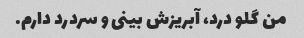
من گلو درد، آبریزش بینی و سردرد دارم.